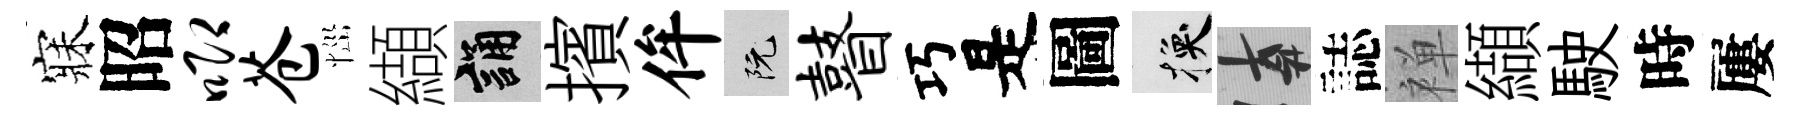
寐昭唧苍𢙉纈誦擯侔阮瞽巧是圖换遲誌禅纈駛時屢